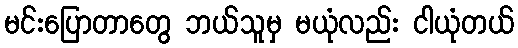
မင်းပြောတာတွေ ဘယ်သူမှ မယုံလည်း ငါယုံတယ်